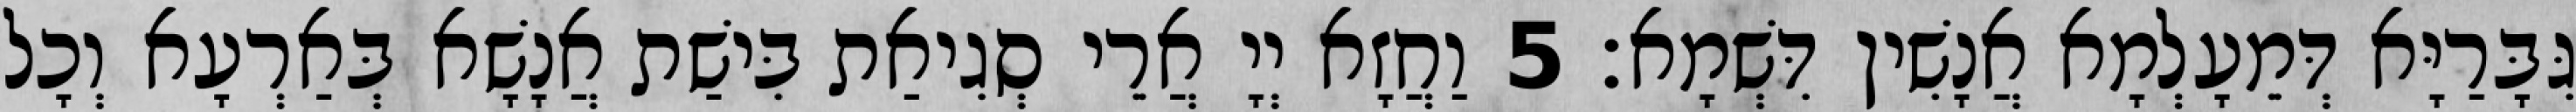
גִּבָּרַיָּא דְּמֵעָלְמָא אֲנָשִׁין דִּשְׁמָא׃ 5 וַחֲזָא יְיָ אֲרֵי סְגִיאַת בִּישַׁת אֲנָשָׁא בְּאַרְעָא וְכָל